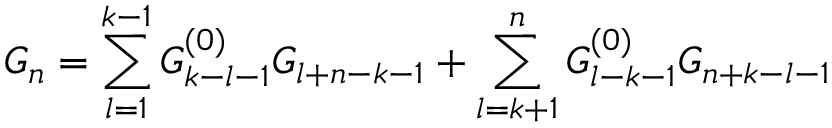
G _ { n } = \sum _ { l = 1 } ^ { k - 1 } G _ { k - l - 1 } ^ { ( 0 ) } G _ { l + n - k - 1 } + \sum _ { l = k + 1 } ^ { n } G _ { l - k - 1 } ^ { ( 0 ) } G _ { n + k - l - 1 }